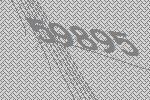
59895